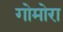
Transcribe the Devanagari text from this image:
गोमोरा